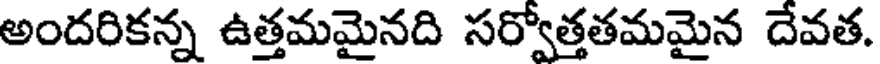
అందరికన్న ఉత్తమమైనది సర్వోత్తతమమైన దేవత.